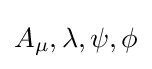
A_{\mu },\lambda ,\psi ,\phi